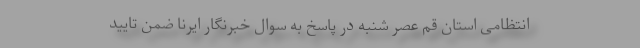
انتظامی استان قم عصر شنبه در پاسخ به سوال خبرنگار ایرنا ضمن تایید